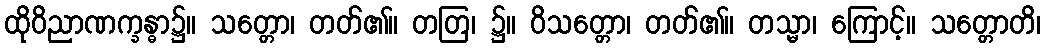
ထိုဝိညာဏက္ခန္ဓာ၌။ သတ္တော၊ တတ်၏။ တတြ၊ ၌။ ဝိသတ္တော၊ တတ်၏။ တသ္မာ၊ ကြောင့်။ သတ္တောတိ၊